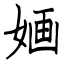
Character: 婳